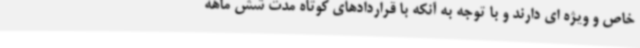
خاص و ویژه ای دارند و با توجه به آنکه با قراردادهای کوتاه مدت شش ماهه